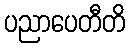
ပညာပေတီတိ